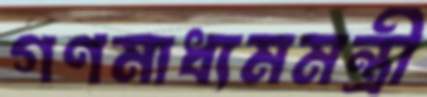
গণমাধ্যমমন্ত্রী